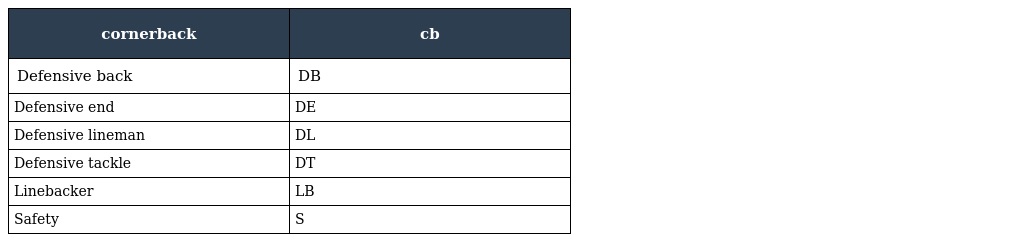
| cornerback | cb |
 | --- | --- |
 | Defensive back | DB |
 | Defensive end | DE |
 | Defensive lineman | DL |
 | Defensive tackle | DT |
 | Linebacker | LB |
 | Safety | S |